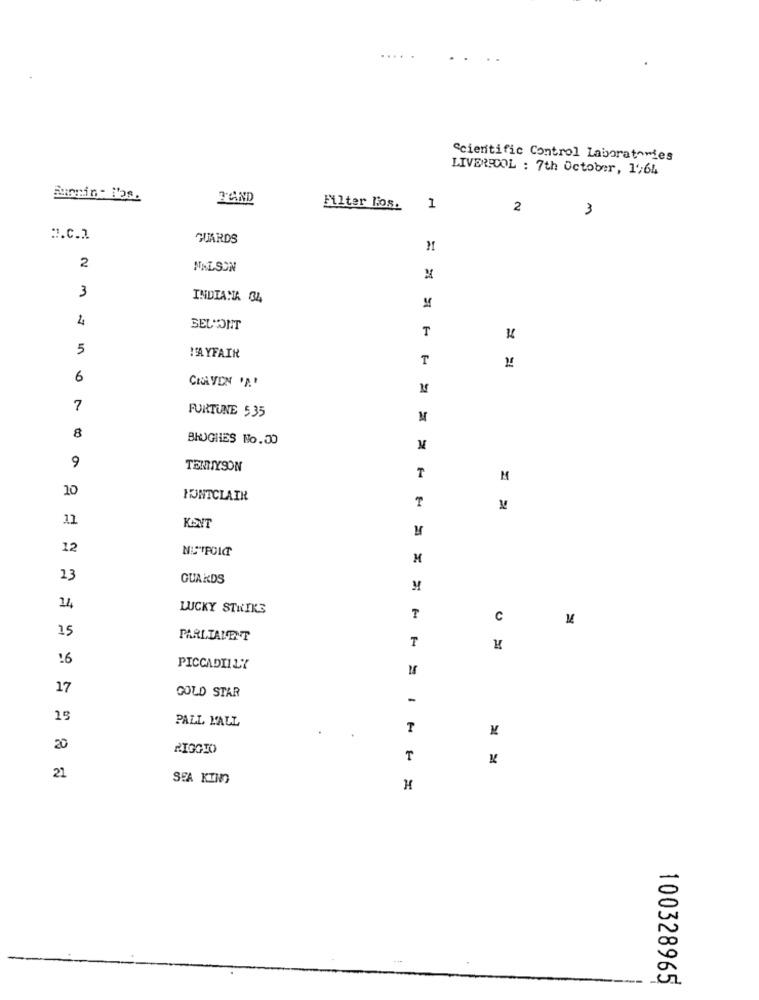
Scientific Control Laboratories
LIVERPOOL : 7th October, 1",64
Runnin- los.
TAND
Filter los.
2
3
:. C.2
GUARDS
M
2
NELSON
=
3
INDIANA 34
4
SELONT
T
5
MAYFAIR
T
=
6
CHAVEN 'A'
M
7
FORTUNE 535
8
BHUGHES No.00
M
9
TENNYSON
₸
M
10
MONTCLAIR
11
KONT
12
M
13
GUARDS
14
LUCKY STRIKE
T
C
15
PARLIAMENT
:6
PICCADILLY
17
GOLD STAR
-
15
PALL MALL
T
20
RIGGIO
T
21
SEA KIM
H
100328965